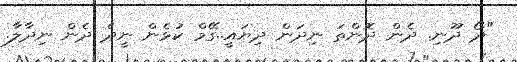
"ދޯ ދޫނި. ދެން ދޮންތަ ނިދަން ދިޔައީ..ގޭމް ކުޅެން ނީދެ ދެން ނިދާލާ.